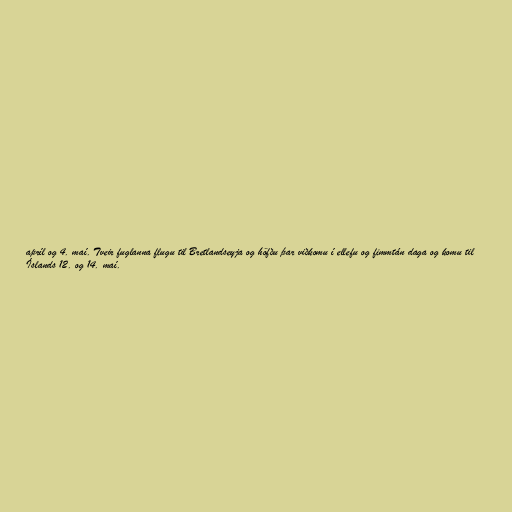
apríl og 4. maí. Tveir fuglanna flugu til Bretlandseyja og höfðu þar viðkomu í ellefu og fimmtán daga og komu til
Íslands 12. og 14. maí.